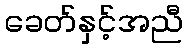
ခေတ်နှင့်အညီ